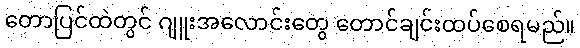
တောပြင်ထဲတွင် ဂျူးအလောင်းတွေ တောင်ချင်းထပ်စေရမည်။